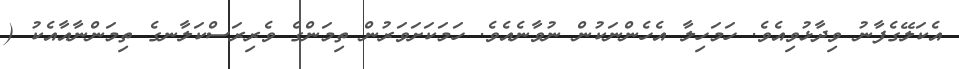
އެކަލޭގެފާނު ވިދާޅުވިއެވެ. ހަމަހިލާ އެހެންނަކުން ނުވާނެއެވެ. ހަމަކަށަވަރުން ތިމަންގެ ވެރިރަސްކަލާނގެ ތިމަންނާއާއެކު (